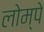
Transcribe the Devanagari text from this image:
लोम्पे